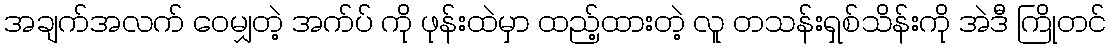
အချက်အလက် ဝေမျှတဲ့ အက်ပ် ကို ဖုန်းထဲမှာ ထည့်ထားတဲ့ လူ တသန်းရှစ်သိန်းကို အဲဒီ ကြိုတင်